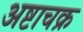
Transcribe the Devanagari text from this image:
अष्टाचक्र